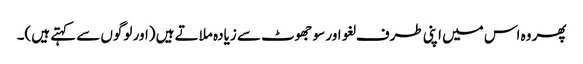
پھر وہ اس میں اپنی طرف لغو اور سو جھوٹ سے زیادہ ملاتے ہیں (اور لوگوں سے کہتے ہیں)۔